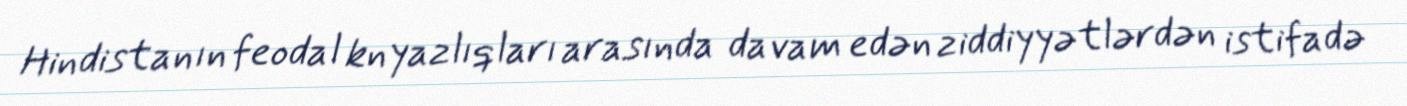
Hindistanın feodal knyazlıqları arasında davam edən ziddiyyətlərdən istifadə